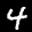
Label: 4